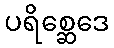
ပရိစ္ဆေဒေ